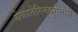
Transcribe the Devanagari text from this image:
येकातेरिनबुर्गमध्ये